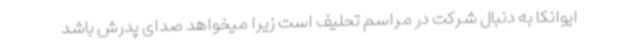
ایوانکا به دنبال شرکت در مراسم تحلیف است زیرا میخواهد صدای پدرش باشد